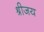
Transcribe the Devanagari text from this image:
श्रीजय